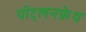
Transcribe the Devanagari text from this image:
पोंट्लनफ्रेथ